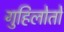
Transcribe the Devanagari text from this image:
गुहिलोतों